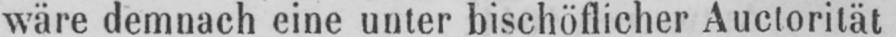
wäre demnach eine unter bischöflicher Auctorität